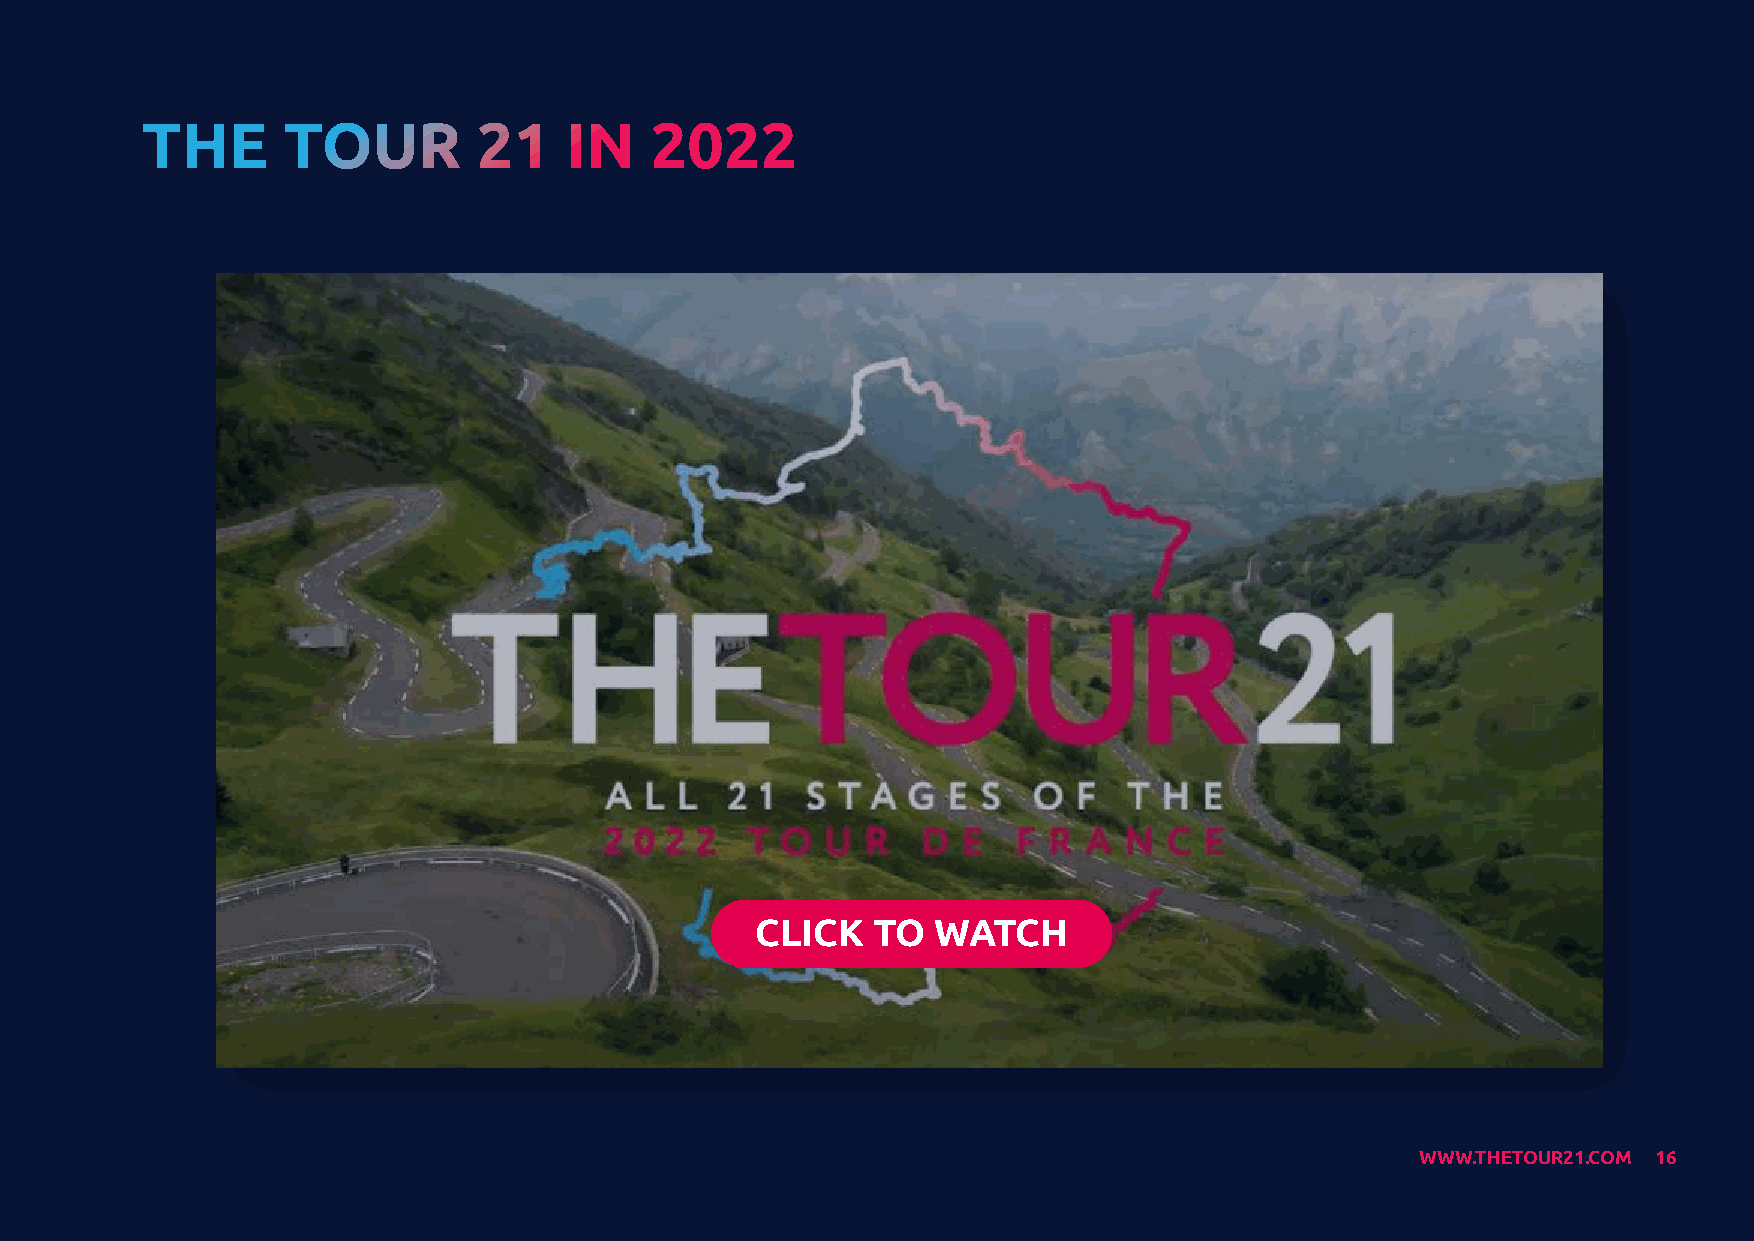
THE       TOUR         21   IN    2022
 CLICK   TO  WATCH
 WWW.THETOUR21.COM 16